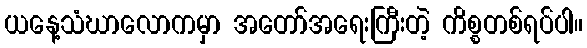
ယနေ့သံဃာလောကမှာ အတော်အရေးကြီးတဲ့ ကိစ္စတစ်ရပ်ပါ။